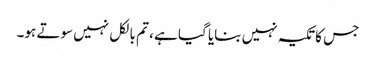
جس کا تکیہ نہیں بنایا گیا ہے ، تم بالکل نہیں سوتے ہو۔